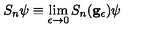
S _ { n } \psi \equiv \lim _ { \epsilon \rightarrow 0 } S _ { n } ( \mathbf { g } _ { \epsilon } ) \psi